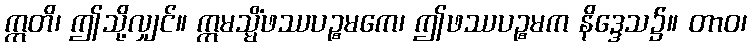
ဣတိ၊ ဤသို့လျှင်။ ဣမသ္မိံဖဿပဉ္စမကေ၊ ဤဖဿပဉ္စမက နိဒ္ဒေသ၌။ တာဝ၊